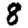
Digit: 8